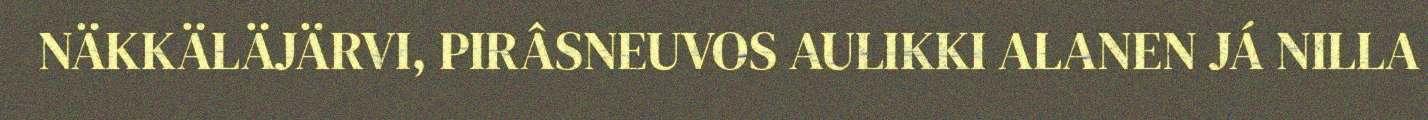
NÄKKÄLÄJÄRVI, PIRÂSNEUVOS AULIKKI ALANEN JÁ NILLA